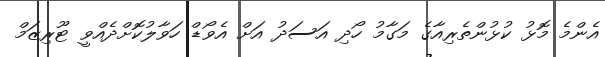
އެންމެ މޮޅު ކުޅުންތެރިއާގެ މަގާމު ހޯދި އަސަދު އަށް އެވޯޑް ހަވާލުކޮށްދެއްވީ ޓޫރިޒަމް